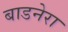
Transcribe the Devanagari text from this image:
बाडनेरा